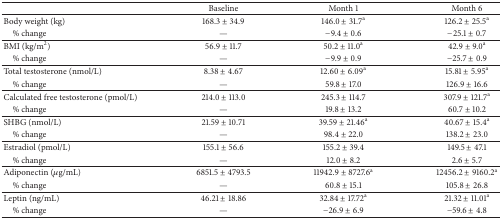
|  | Baseline | Month 1 | Month 6 |
 | --- | --- | --- | --- |
 | Body weight (kg) | 168.3 ± 34.9 | 146.0 ± 31.7a | 126.2 ± 25.5a |
 | % change | — | −9.4 ± 0.6 | −25.1 ± 0.7 |
 | BMI (kg/m2) | 56.9 ± 11.7 | 50.2 ± 11.0a | 42.9 ± 9.0a |
 | % change | — | −9.9 ± 0.9 | −25.7 ± 0.9 |
 | Total testosterone (nmol/L) | 8.38 ± 4.67 | 12.60 ± 6.09a | 15.81 ± 5.95a |
 | % change | — | 59.8 ± 17.0 | 126.9 ± 16.6 |
 | Calculated free testosterone (pmol/L) | 214.0 ± 113.0 | 245.3 ± 114.7 | 307.9 ± 121.7a |
 | % change | — | 19.8 ± 13.2 | 60.7 ± 10.2 |
 | SHBG (nmol/L) | 21.59 ± 10.71 | 39.59 ± 21.46a | 40.67 ± 15.4a |
 | % change | — | 98.4 ± 22.0 | 138.2 ± 23.0 |
 | Estradiol (pmol/L) | 155.1 ± 56.6 | 155.2 ± 39.4 | 149.5 ± 47.1 |
 | % change | — | 12.0 ± 8.2 | 2.6 ± 5.7 |
 | Adiponectin (μg/mL) | 6851.5 ± 4793.5 | 11942.9 ± 8727.6a | 12456.2 ± 9160.2a |
 | % change | — | 60.8 ± 15.1 | 105.8 ± 26.8 |
 | Leptin (ng/mL) | 46.21 ± 18.86 | 32.84 ± 17.72a | 21.32 ± 11.01a |
 | % change | — | −26.9 ± 6.9 | −59.6 ± 4.8 |